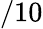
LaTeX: /10